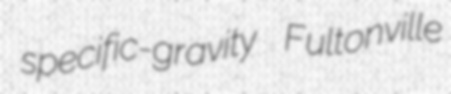
specific-gravity Fultonville